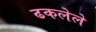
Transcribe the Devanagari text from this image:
ढकलेले